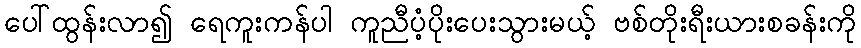
ပေါ်ထွန်းလာ၍ ရေကူးကန်ပါ ကူညီပံ့ပိုးပေးသွားမယ့် ဗစ်တိုးရီးယားစခန်းကို